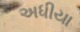
અધીયા